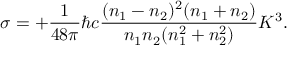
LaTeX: \sigma = + { \frac { 1 } { 4 8 \pi } } \hbar c { \frac { ( n _ { 1 } - n _ { 2 } ) ^ { 2 } ( n _ { 1 } + n _ { 2 } ) } { n _ { 1 } n _ { 2 } ( n _ { 1 } ^ { 2 } + n _ { 2 } ^ { 2 } ) } } K ^ { 3 } .